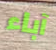
آباء